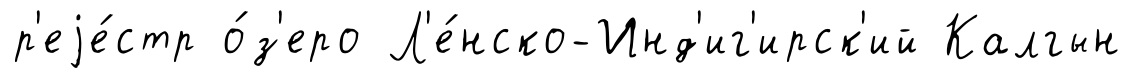
р'еjе́стр о́з'еро Л'е́нско-Инд'иг'ирск'ий Калгын